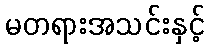
မတရားအသင်းနှင့်